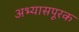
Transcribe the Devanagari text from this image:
अभ्यासपूरक